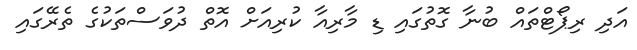
އަދި ރިޕޯޓްތައް ބުނާ ގޮތުގައި ޑި މާރިއާ ކުރިއަށް އޮތް ދުވަސްތަކުގެ ތެރޭގައި